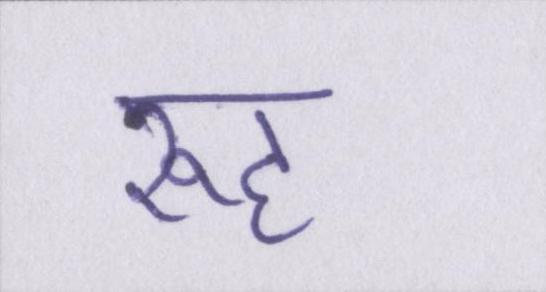
रूह